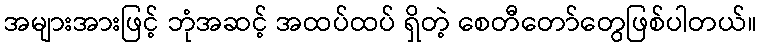
အများအားဖြင့် ဘုံအဆင့် အထပ်ထပ် ရှိတဲ့ စေတီတော်တွေဖြစ်ပါတယ်။